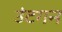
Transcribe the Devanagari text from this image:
उंटगन